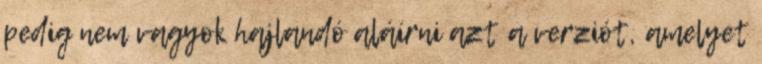
pedig nem vagyok hajlandó aláírni azt a verziót, amelyet